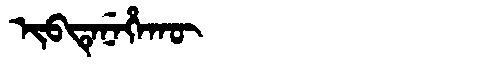
Manchu: ᡳᠪᡨᡝᠨᡝᡥᠠᡴᡡ
Romanization: IBTENEHAKŪ